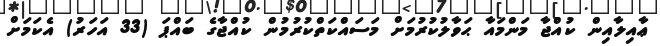
ޢާއިލާއިން ކުއްޖާ މަންމައާ ޙަވާލުކުރުމަށް މަސައްކަތްކުރުމުން ކުއްޖާގެ ބައްޕަ (33 އަހަރު) އެކަމަށް